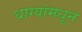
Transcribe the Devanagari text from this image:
धाग्यांमधून